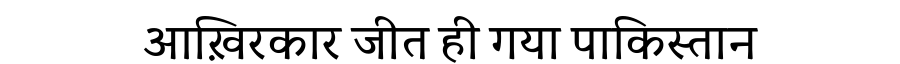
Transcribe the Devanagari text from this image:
आख़िरकार जीत ही गया पाकिस्तान